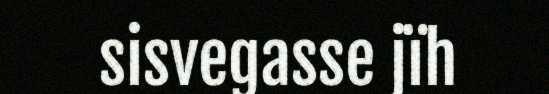
sisvegasse jïh